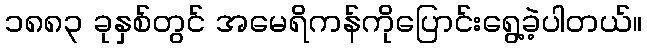
၁၈၈၃ ခုနှစ်တွင် အမေရိကန်ကိုပြောင်းရွေ့ခဲ့ပါတယ်။